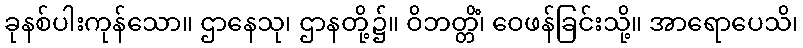
ခုနစ်ပါးကုန်သော။ ဌာနေသု၊ ဌာနတို့၌။ ဝိဘတ္တိံ၊ ဝေဖန်ခြင်းသို့။ အာရောပေသိ၊